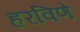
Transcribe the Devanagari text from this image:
हरविणे